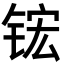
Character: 𬭎